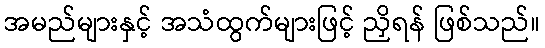
အမည်များနှင့် အသံထွက်များဖြင့် ညှိရန် ဖြစ်သည်။